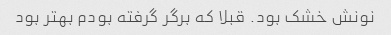
نونش خشک بود. قبلا که برگر گرفته بودم بهتر بود